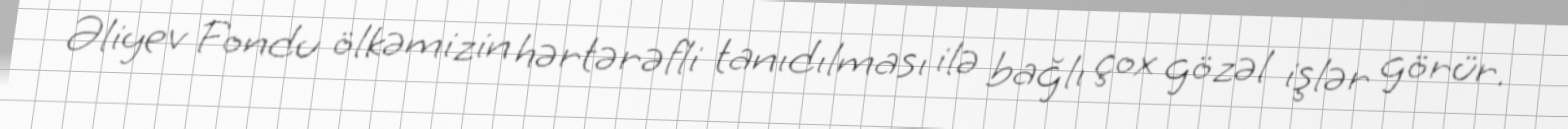
Əliyev Fondu ölkəmizin hərtərəfli tanıdılması ilə bağlı çox gözəl işlər görür.